Vaccine operations Central Provinces & Berar 1922-1929 - 1922-1929
Year: 1922
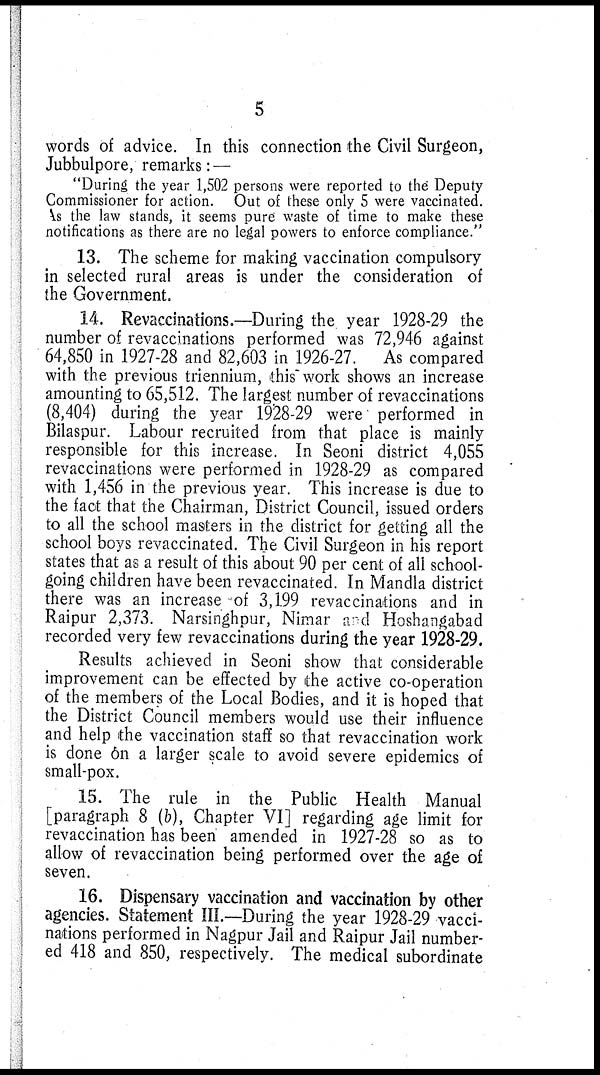
5
words of advice. In this connection the Civil Surgeon,
Jubbulpore, remarks: —
"During the year 1,502 persons were reported to the Deputy
Commissioner for action. Out of these only 5 were vaccinated.
As the law stands, it seems pure waste of time to make these
notifications as there are no legal powers to enforce compliance."
13. The scheme for making vaccination compulsory
in selected rural areas is under the consideration of
the Government.
14. Revaccinations.—During the year 1928-29 the
number of revaccinations performed was 72,946 against
64,850 in 1927-28 and 82,603 in 1926-27. As compared
with the previous triennium, this work shows an increase
amounting to 65,512. The largest number of revaccinations
(8,404) during the year 1928-29 were performed in
Bilaspur. Labour recruited from that place is mainly
responsible for this increase. In Seoni district 4,055
revaccinations were performed in 1928-29 as compared
with 1,456 in the previous year. This increase is due to
the fact that the Chairman, District Council, issued orders
to all the school masters in the district for getting all the
school boys revaccinated. The Civil Surgeon in his report
states that as a result of this about 90 per cent of all school-
going children have been revaccinated. In Mandla district
there was an increase of 3,199 revaccinations and in
Raipur 2,373. Narsinghpur, Nimar and Hoshangabad
recorded very few revaccinations during the year 1928-29.
Results achieved in Seoni show that considerable
improvement can be effected by the active co-operation
of the members of the Local Bodies, and it is hoped that
the District Council members would use their influence
and help the vaccination staff so that revaccination work
is done on a larger scale to avoid severe epidemics of
small-pox.
15. The rule in the Public Health Manual
[paragraph 8 (b), Chapter VI] regarding age limit for
revaccination has been amended in 1927-28 so as to
allow of revaccination being performed over the age of
seven.
16. Dispensary vaccination and vaccination by other
agencies. Statement III.—During the year 1928-29 vacci-
nations performed in Nagpur Jail and Raipur Jail number-
ed 418 and 850, respectively. The medical subordinate